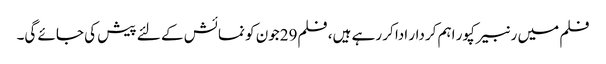
فلم میں رنبیر کپور اہم کردار ادا کر رہے ہیں، فلم29جون کو نمائش کے لئے پیش کی جائے گی۔